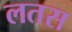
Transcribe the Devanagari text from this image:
लतस